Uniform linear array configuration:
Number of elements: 48
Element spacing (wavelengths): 1
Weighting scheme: exponential
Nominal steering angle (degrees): -45
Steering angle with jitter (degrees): -46.458
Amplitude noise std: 0.05
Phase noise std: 0.05

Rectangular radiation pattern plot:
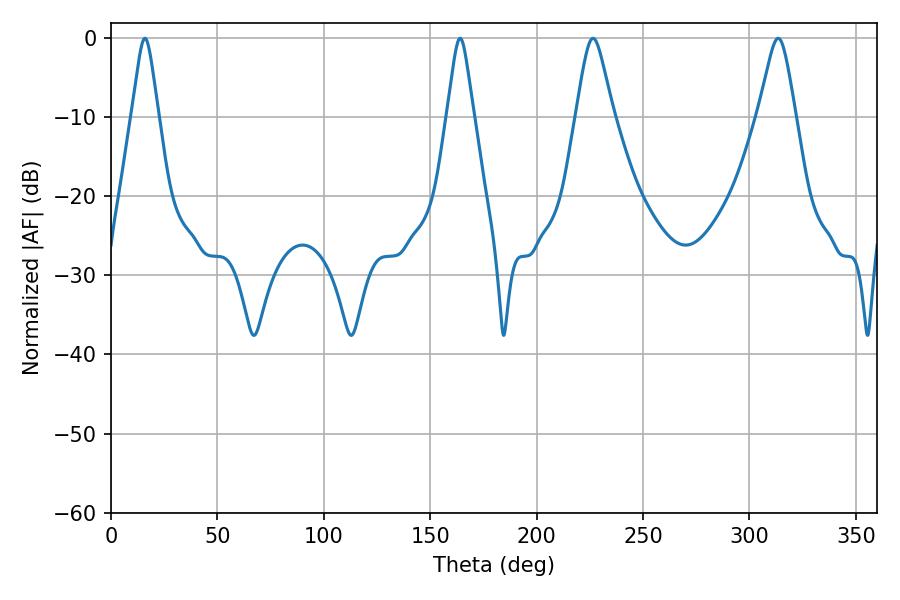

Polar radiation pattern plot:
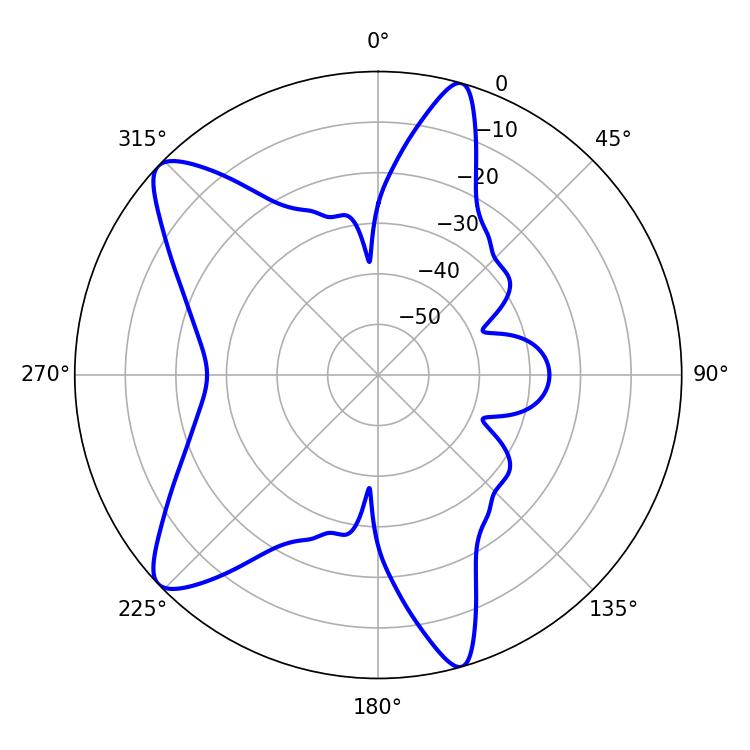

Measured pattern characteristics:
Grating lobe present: TRUE
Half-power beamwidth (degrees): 8.46
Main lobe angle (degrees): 226.44